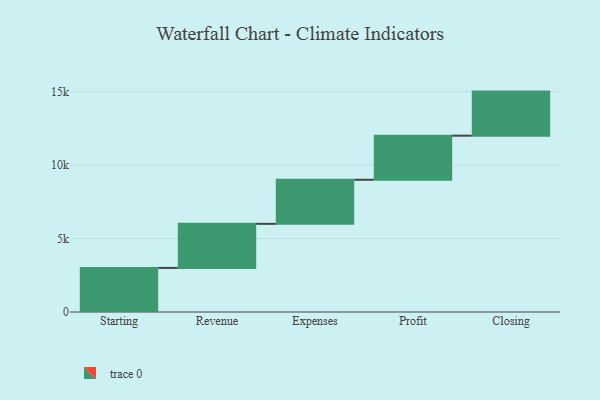
{"axis": {"x": "Step", "y": "Value"}, "legend": [""], "data": [{"x": "Starting", "y": 3000, "type": ""}, {"x": "Revenue", "y": 3000, "type": ""}, {"x": "Expenses", "y": 3000, "type": ""}, {"x": "Profit", "y": 3000, "type": ""}, {"x": "Closing", "y": 3000, "type": ""}]}